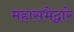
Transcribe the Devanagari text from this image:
महासभेद्वारे